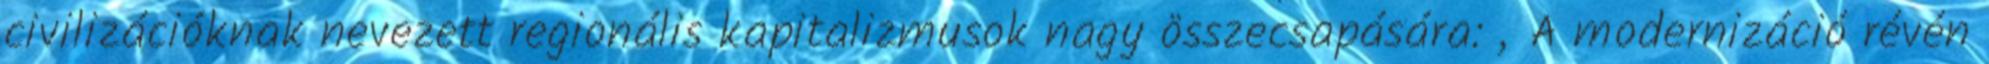
civilizációknak nevezett regionális kapitalizmusok nagy összecsapására: „A modernizáció révén